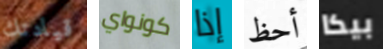
قيادتك كونواي إذا أحظ بيكا